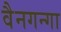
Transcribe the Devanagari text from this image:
वैनगन्गा